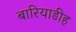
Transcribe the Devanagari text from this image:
बारियाडीह